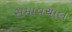
સમાવચાલ